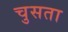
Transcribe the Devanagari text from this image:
चुसता